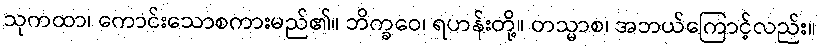
သုကထာ၊ ကောင်းသောစကားမည်၏။ ဘိက္ခဝေ၊ ရဟန်းတို့။ တသ္မာစ၊ အဘယ်ကြောင့်လည်း။